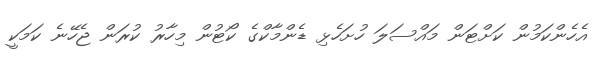
އެހެންކަމުން ކަށްޓަން މައްސަލަ ހުށަހެޅި ޑެންމާކްގެ ކޯޓުން މިހާރު ކުރަން ޖެހޭނެ ކަމަކީ